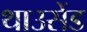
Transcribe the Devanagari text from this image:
थाउसेंड